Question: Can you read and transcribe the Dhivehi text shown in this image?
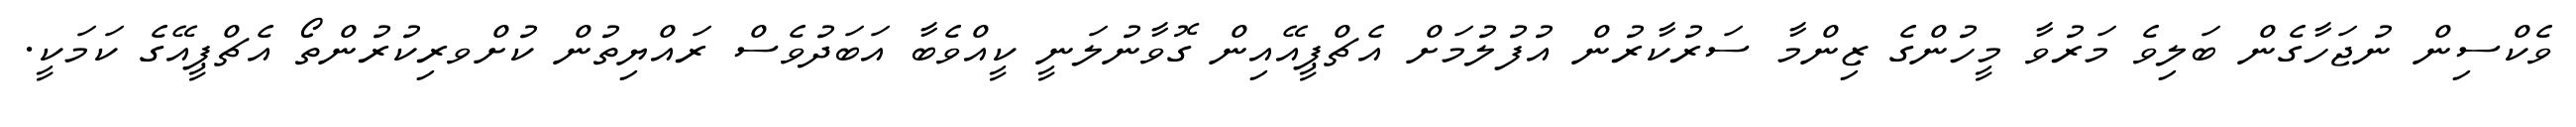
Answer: ވެކްސިން ނުޖަހާގެން ބަލިވެ މަރުވާ މީހުންގެ ޒިންމާ ސަރުކާރުން އުފުލުމަށް އެޗްޕީއޭއިން ގޮވާނުލަނީ ކީއްވެބާ އަބަދުވެސް ރައްޔިތުން ކުށްވރިކުރުންތޯ އެޗްޕީއޭގެ ކަމަކީ.